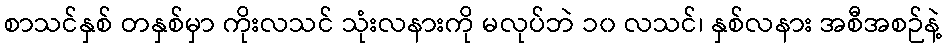
စာသင်နှစ် တနှစ်မှာ ကိုးလသင် သုံးလနားကို မလုပ်ဘဲ ၁၀ လသင်၊ နှစ်လနား အစီအစဉ်နဲ့